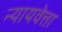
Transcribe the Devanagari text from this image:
न्यायवेत्ता